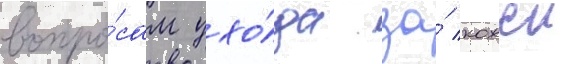
вопро́сам ухо́да за́ кожеи